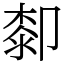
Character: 厀